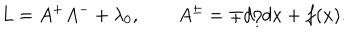
L = A ^ { + } A ^ { - } + \lambda _ { 0 } , \qquad A ^ { \pm } = \mp d / d x + f ( x ) .